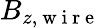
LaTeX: B_{z,\mathrm{~w~i~r~e~}}